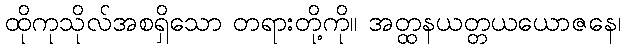
ထိုကုသိုလ်အစရှိသော တရားတို့ကို။ အတ္ထနယတ္တယယောဇနေ၊